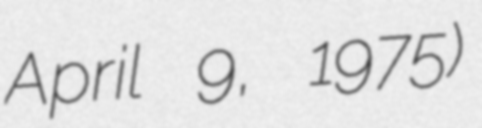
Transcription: April 9, 1975)